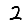
Digit: 2